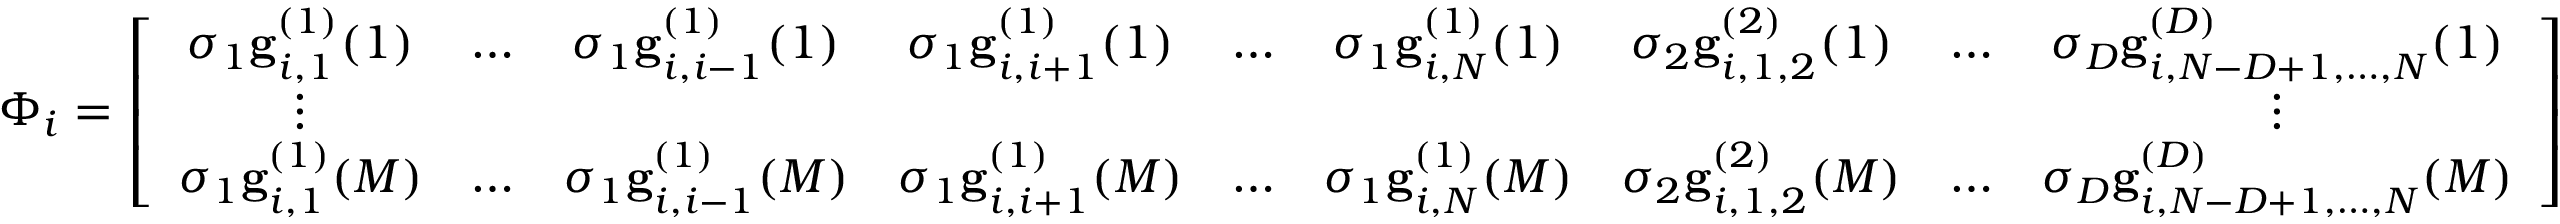
\Phi _ { i } = \left[ \begin{array} { c c c c c c c c c } { \sigma _ { 1 } \mathbf { g } _ { i , 1 } ^ { ( 1 ) } ( 1 ) } & { \ldots } & { \sigma _ { 1 } \mathbf { g } _ { i , i - 1 } ^ { ( 1 ) } ( 1 ) } & { \sigma _ { 1 } \mathbf { g } _ { i , i + 1 } ^ { ( 1 ) } ( 1 ) } & { \ldots } & { \sigma _ { 1 } \mathbf { g } _ { i , N } ^ { ( 1 ) } ( 1 ) } & { \sigma _ { 2 } \mathbf { g } _ { i , 1 , 2 } ^ { ( 2 ) } ( 1 ) } & { \ldots } & { \sigma _ { D } \mathbf { g } _ { i , N - D + 1 , \ldots , N } ^ { ( D ) } ( 1 ) } \\ { \vdots } & & & & & & & & { \vdots } \\ { \sigma _ { 1 } \mathbf { g } _ { i , 1 } ^ { ( 1 ) } ( M ) } & { \ldots } & { \sigma _ { 1 } \mathbf { g } _ { i , i - 1 } ^ { ( 1 ) } ( M ) } & { \sigma _ { 1 } \mathbf { g } _ { i , i + 1 } ^ { ( 1 ) } ( M ) } & { \ldots } & { \sigma _ { 1 } \mathbf { g } _ { i , N } ^ { ( 1 ) } ( M ) } & { \sigma _ { 2 } \mathbf { g } _ { i , 1 , 2 } ^ { ( 2 ) } ( M ) } & { \ldots } & { \sigma _ { D } \mathbf { g } _ { i , N - D + 1 , \ldots , N } ^ { ( D ) } ( M ) } \end{array} \right]